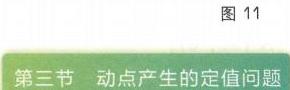
图 11
第三节 动点产生的定值问题